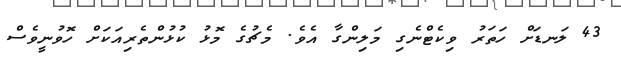
43 ލަނޑަށް ހަތަރު ވިކެޓްނެގި މަލިންގާ އެވެ. މެޗުގެ މޮޅު ކުޅުންތެރިއަކަށް ހޮވުނީވެސް